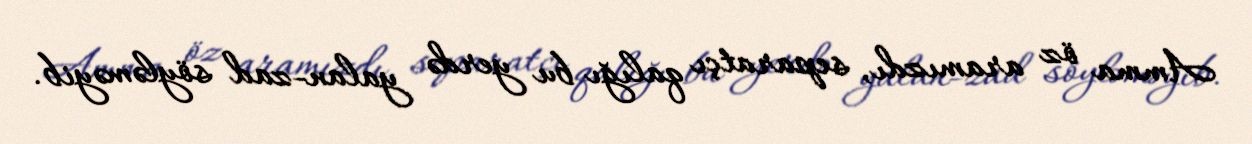
Amma öz aramızdı, separatçı qalığı bu yerdə yalan-zad söyləməyib.